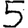
Digit: 5